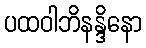
ပထဝါဘိနန္ဒိနော